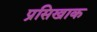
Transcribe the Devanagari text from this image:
प्रसिखाक